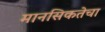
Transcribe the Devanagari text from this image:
मानसिकतेचा